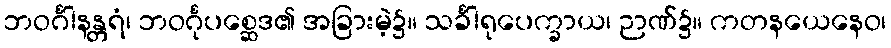
ဘဝင်္ဂါနန္တရံ၊ ဘဝင်္ဂုပစ္ဆေဒ၏ အခြားမဲ့၌။ သင်္ခါရုပေက္ခာယ၊ ဉာဏ်၌။ ကတနယေနေဝ၊